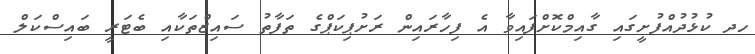
ހދ ކުޅުދުއްފުށީގައި ގާއިމްކޮށްފައިވާ އެ ފިހާރައިން ރަށުޕިކަޕްގެ ތަފާތު ސައިޒްތަކާއި ބެޓަރީ ބައިސްކަލް